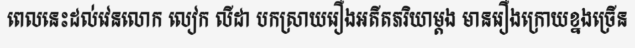
ពេលនេះដល់វេនលោក លៀក លីដា បកស្រាយរឿងអតីតភរិយាម្តង មានរឿងក្រោយខ្នងច្រើន